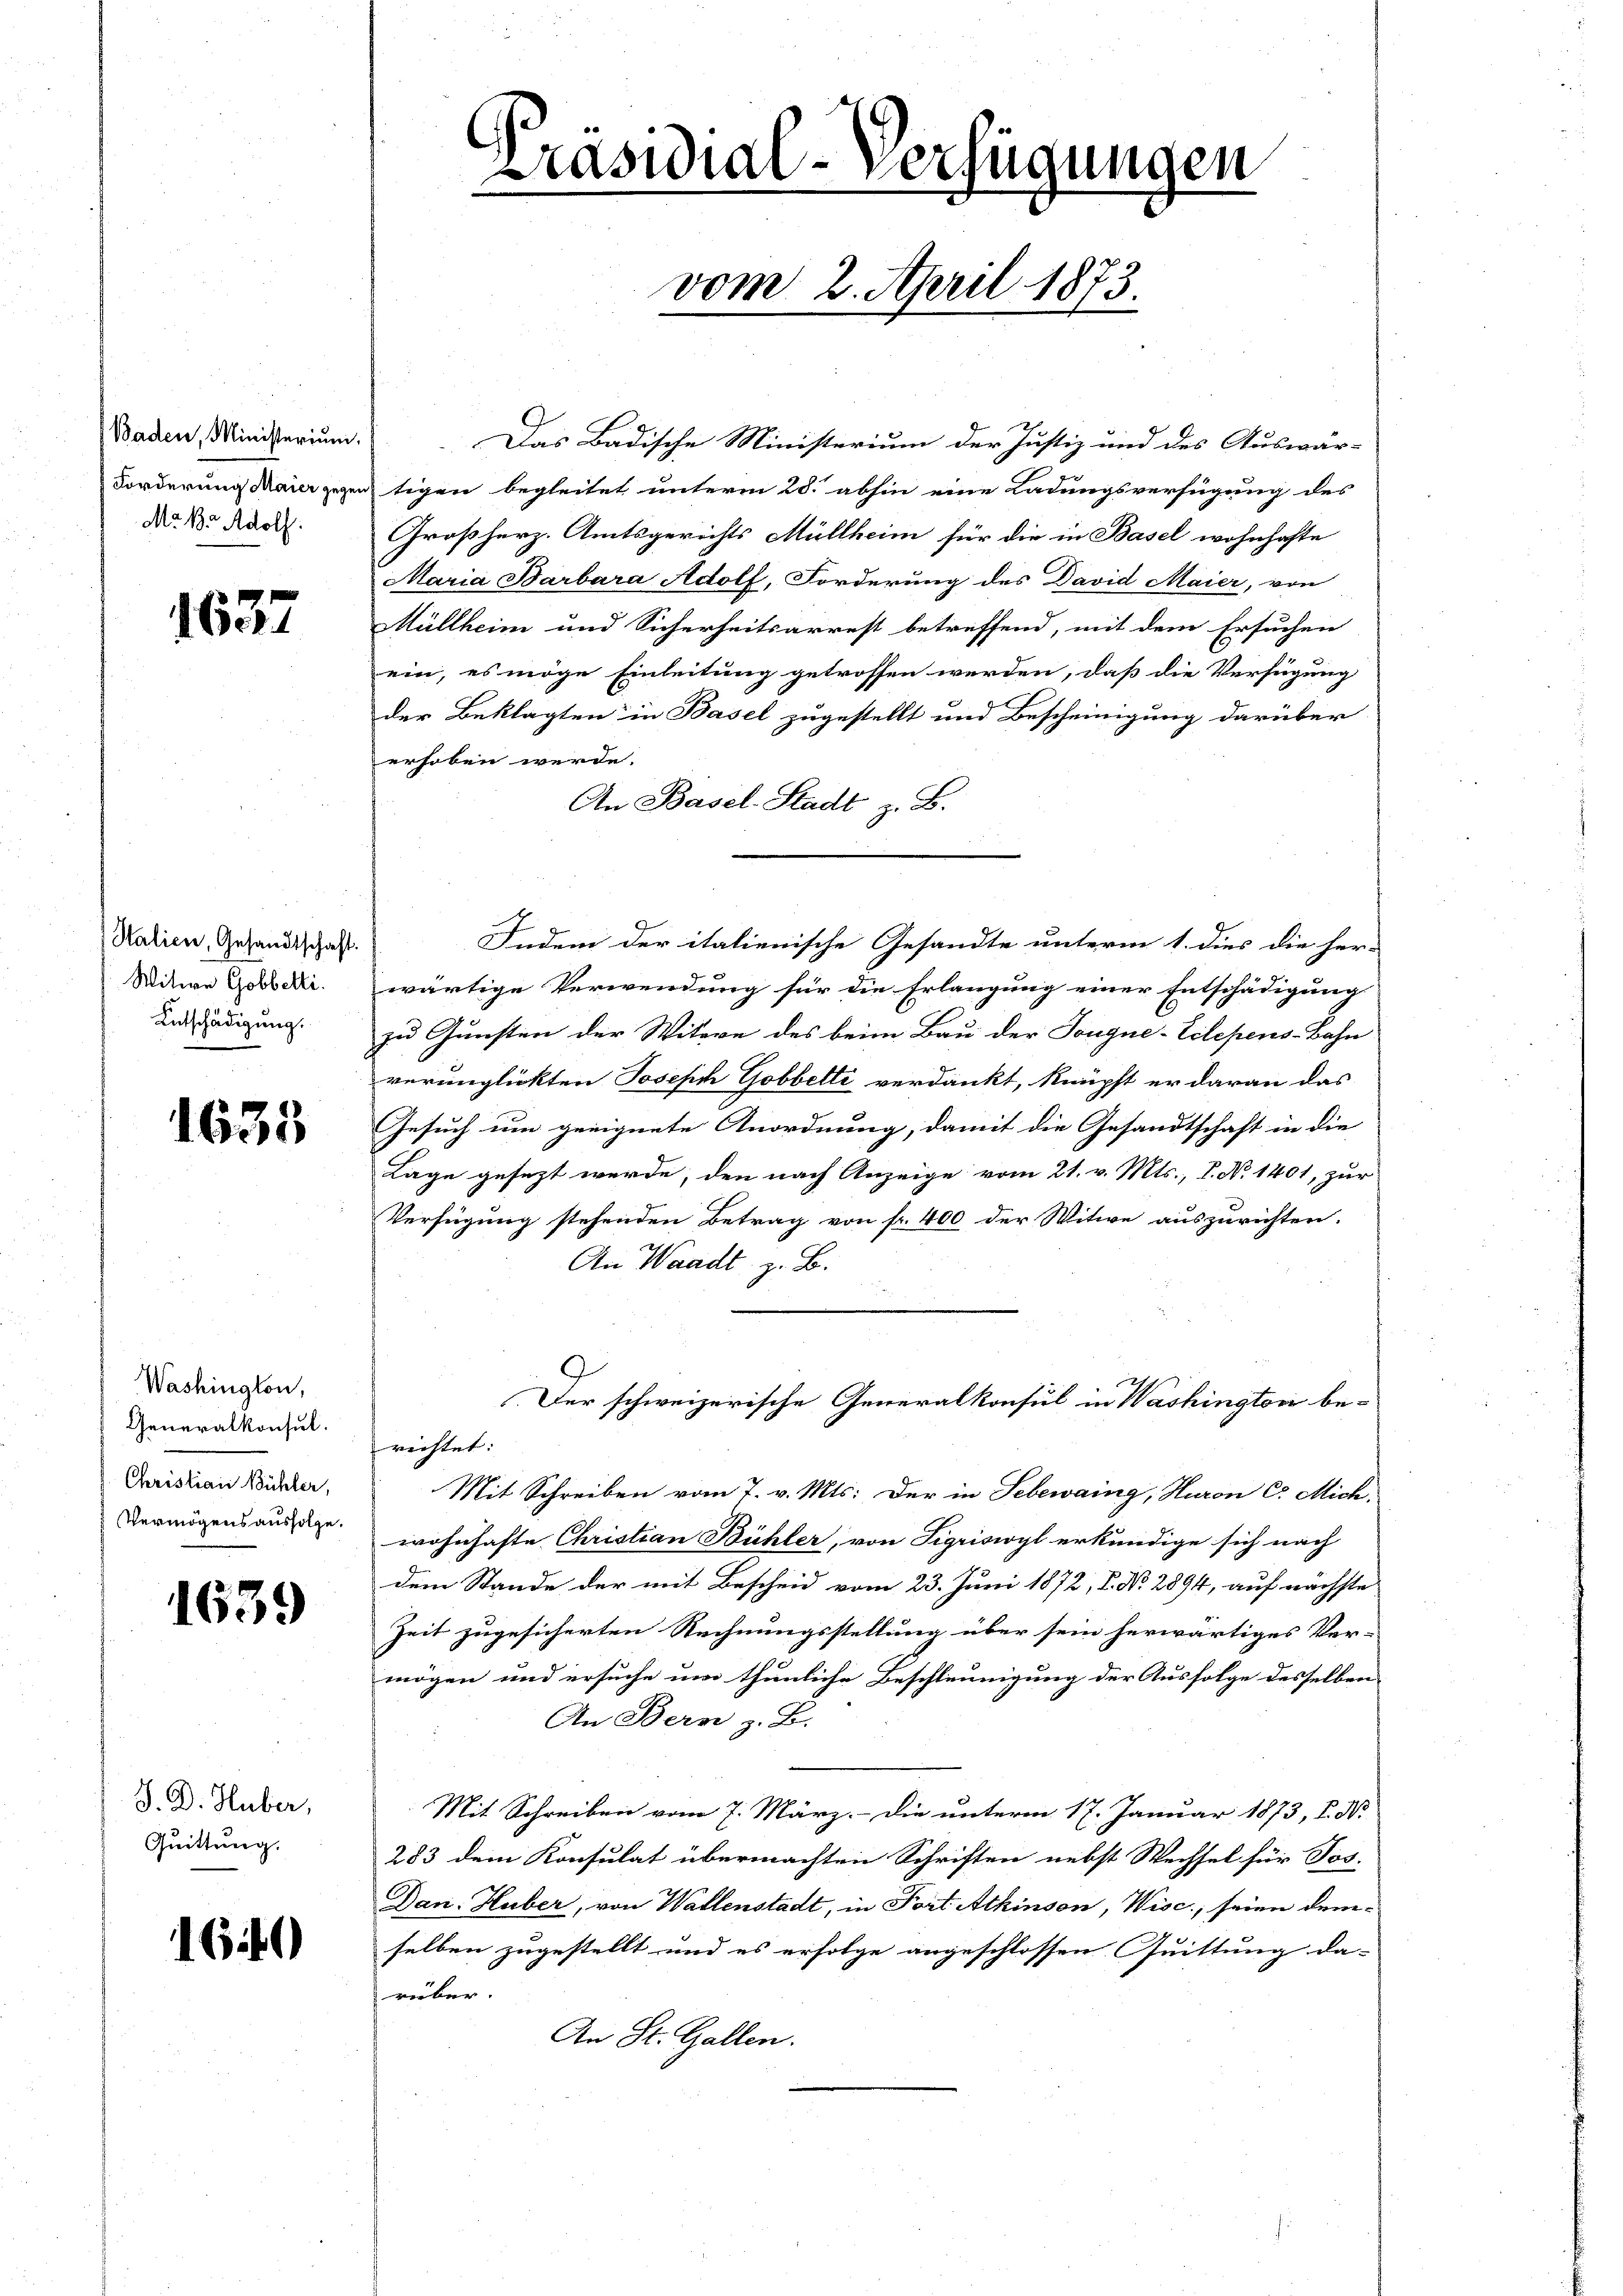
Baden, Ministerium.
Forderung Maier gegen
M. B. Adolf.

1637

Halien, Gesandtschaft.
Witwe Gobbetti.
Entschädigung.

1633

Washington,
Generalkonsul.
Christian Bühler,
Vermögensausfolge.

1639

S. D. Huber,
Quittung.

1640

f

Präsidial-Verfügungen
vom 2. April 1873.

Das Badische Ministerium der Justiz und des Auswär-
tigen begleitet unterm 28. abhin eine Ladungsverfügung des
Großherz. Amtsgerichts Müllheim für die in Basel wohnhafte
Maria Barbara Adolf, Forderung des David Maier, von
Müllheim und Sicherheitsarrest betreffend, mit dem Ersuchen
ein, es möge Einleitung getroffen werden, daß die Verfügung
der Beklagten in Basel zugestellt und Bescheinigung darüber
erhoben werde.
An Basel-Stadt z. B.
Indem der italienische Gesandte unterm 1. dies die her-
wärtige Verwendung für die Erlangung einer Entschädigung
zu Gunsten der Witwe des beim Bau der Tongne-Eilepens-Bahn
verunglickten Joseph Gobbelti verdankt, knüpft er daran das
Gesuch um geeignete Anordnung, damit die Gesandtschaft in die
Lage gesezt werde, den nach Anzeige vom 21. v. Mts., P. No 1401, zur
Verfügung stehenden Betrag von fr. 400 der Witwe auszurichten.
An Waadt z. B.
Der schweizerische Generalkonsul in Washington be-
richtet:
Mit Schreiben vom 7. v. Mts. Der in Sebewaing, Huron C. Mich.
wohnhafte Christian Bühler, von Sigriswyl erkundige sich nach
dem Stande der mit Bescheid vom 23. Juni 1872, S. No. 2894, auf nächste
Zeit zugesicherten Rechnungsstellung über sein herwärtiges Ver-
mögen und ersuche um thunliche Beschleunigung der Ausfolge desselben
An Bern z. B.
Mit Schreiben vom 7. März. Die unterm 17. Januar 1873, P. Nr.
283 dem Konsulat übermachten Schriften nebst Wechsel für Jos.
Dan. Huber, von Wallenstadt, in Fort Atkinson, Wisc; seien demselben zugestellt und es erfolge angeschlossen Quittung da-
rüber.
An St. Gallen.